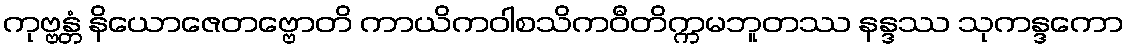
ကုဗ္ဗန္တံ နိယောဇေတဗ္ဗောတိ ကာယိကဝါစသိကဝီတိက္ကမဘူတဿ နန္ဒဿ သုကန္ဒကော